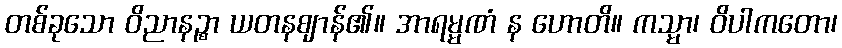
တစ်ခုသော ဝိညာနဉ္စာ ယတနဈာန်၏။ အာရမ္မဏံ န ဟောတိ။ ကသ္မာ၊ ဝိပါကတော၊